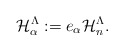
\begin{align*}\mathcal{H}_{\alpha}^{\Lambda}:=e_{\alpha}\mathcal{H}_n^{\Lambda}.\end{align*}